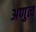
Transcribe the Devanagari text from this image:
अणुत्व